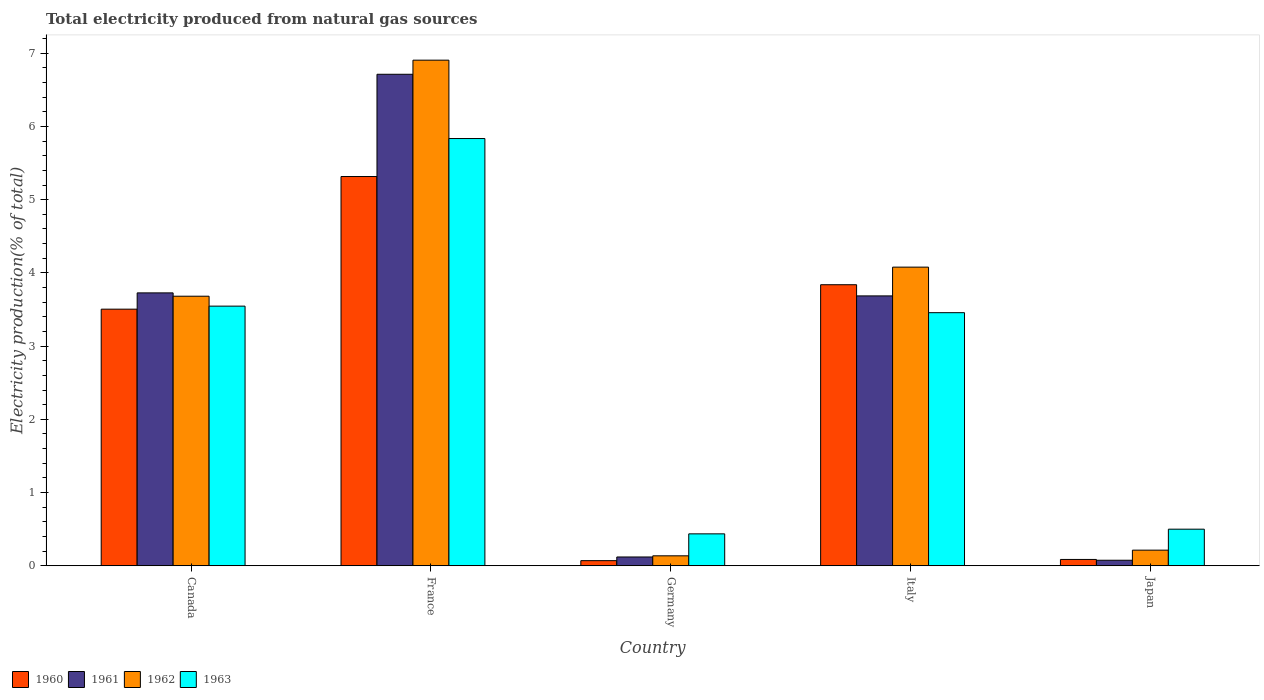
| Country | 1960 | 1961 | 1962 | 1963 |
 | --- | --- | --- | --- | --- |
 | Canada | 3.5 | 3.73 | 3.68 | 3.55 |
 | France | 5.32 | 6.71 | 6.91 | 5.83 |
 | Germany | 0.0703 | 0.12 | 0.136 | 0.436 |
 | Italy | 3.84 | 3.69 | 4.08 | 3.46 |
 | Japan | 0.0866 | 0.0757 | 0.214 | 0.5 |